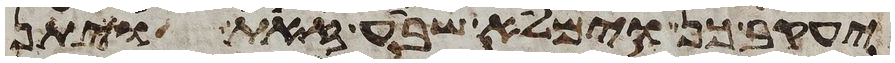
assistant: יעקב כן וימלא שבע זאת ויתן